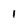
Character: 1